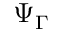
\Psi _ { \Gamma }